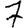
Digit: 7